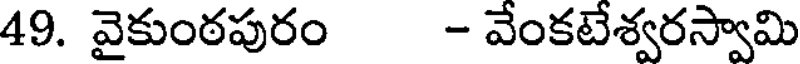
49. వైకుంఠపురం - వేంకటేశ్వరస్వామి